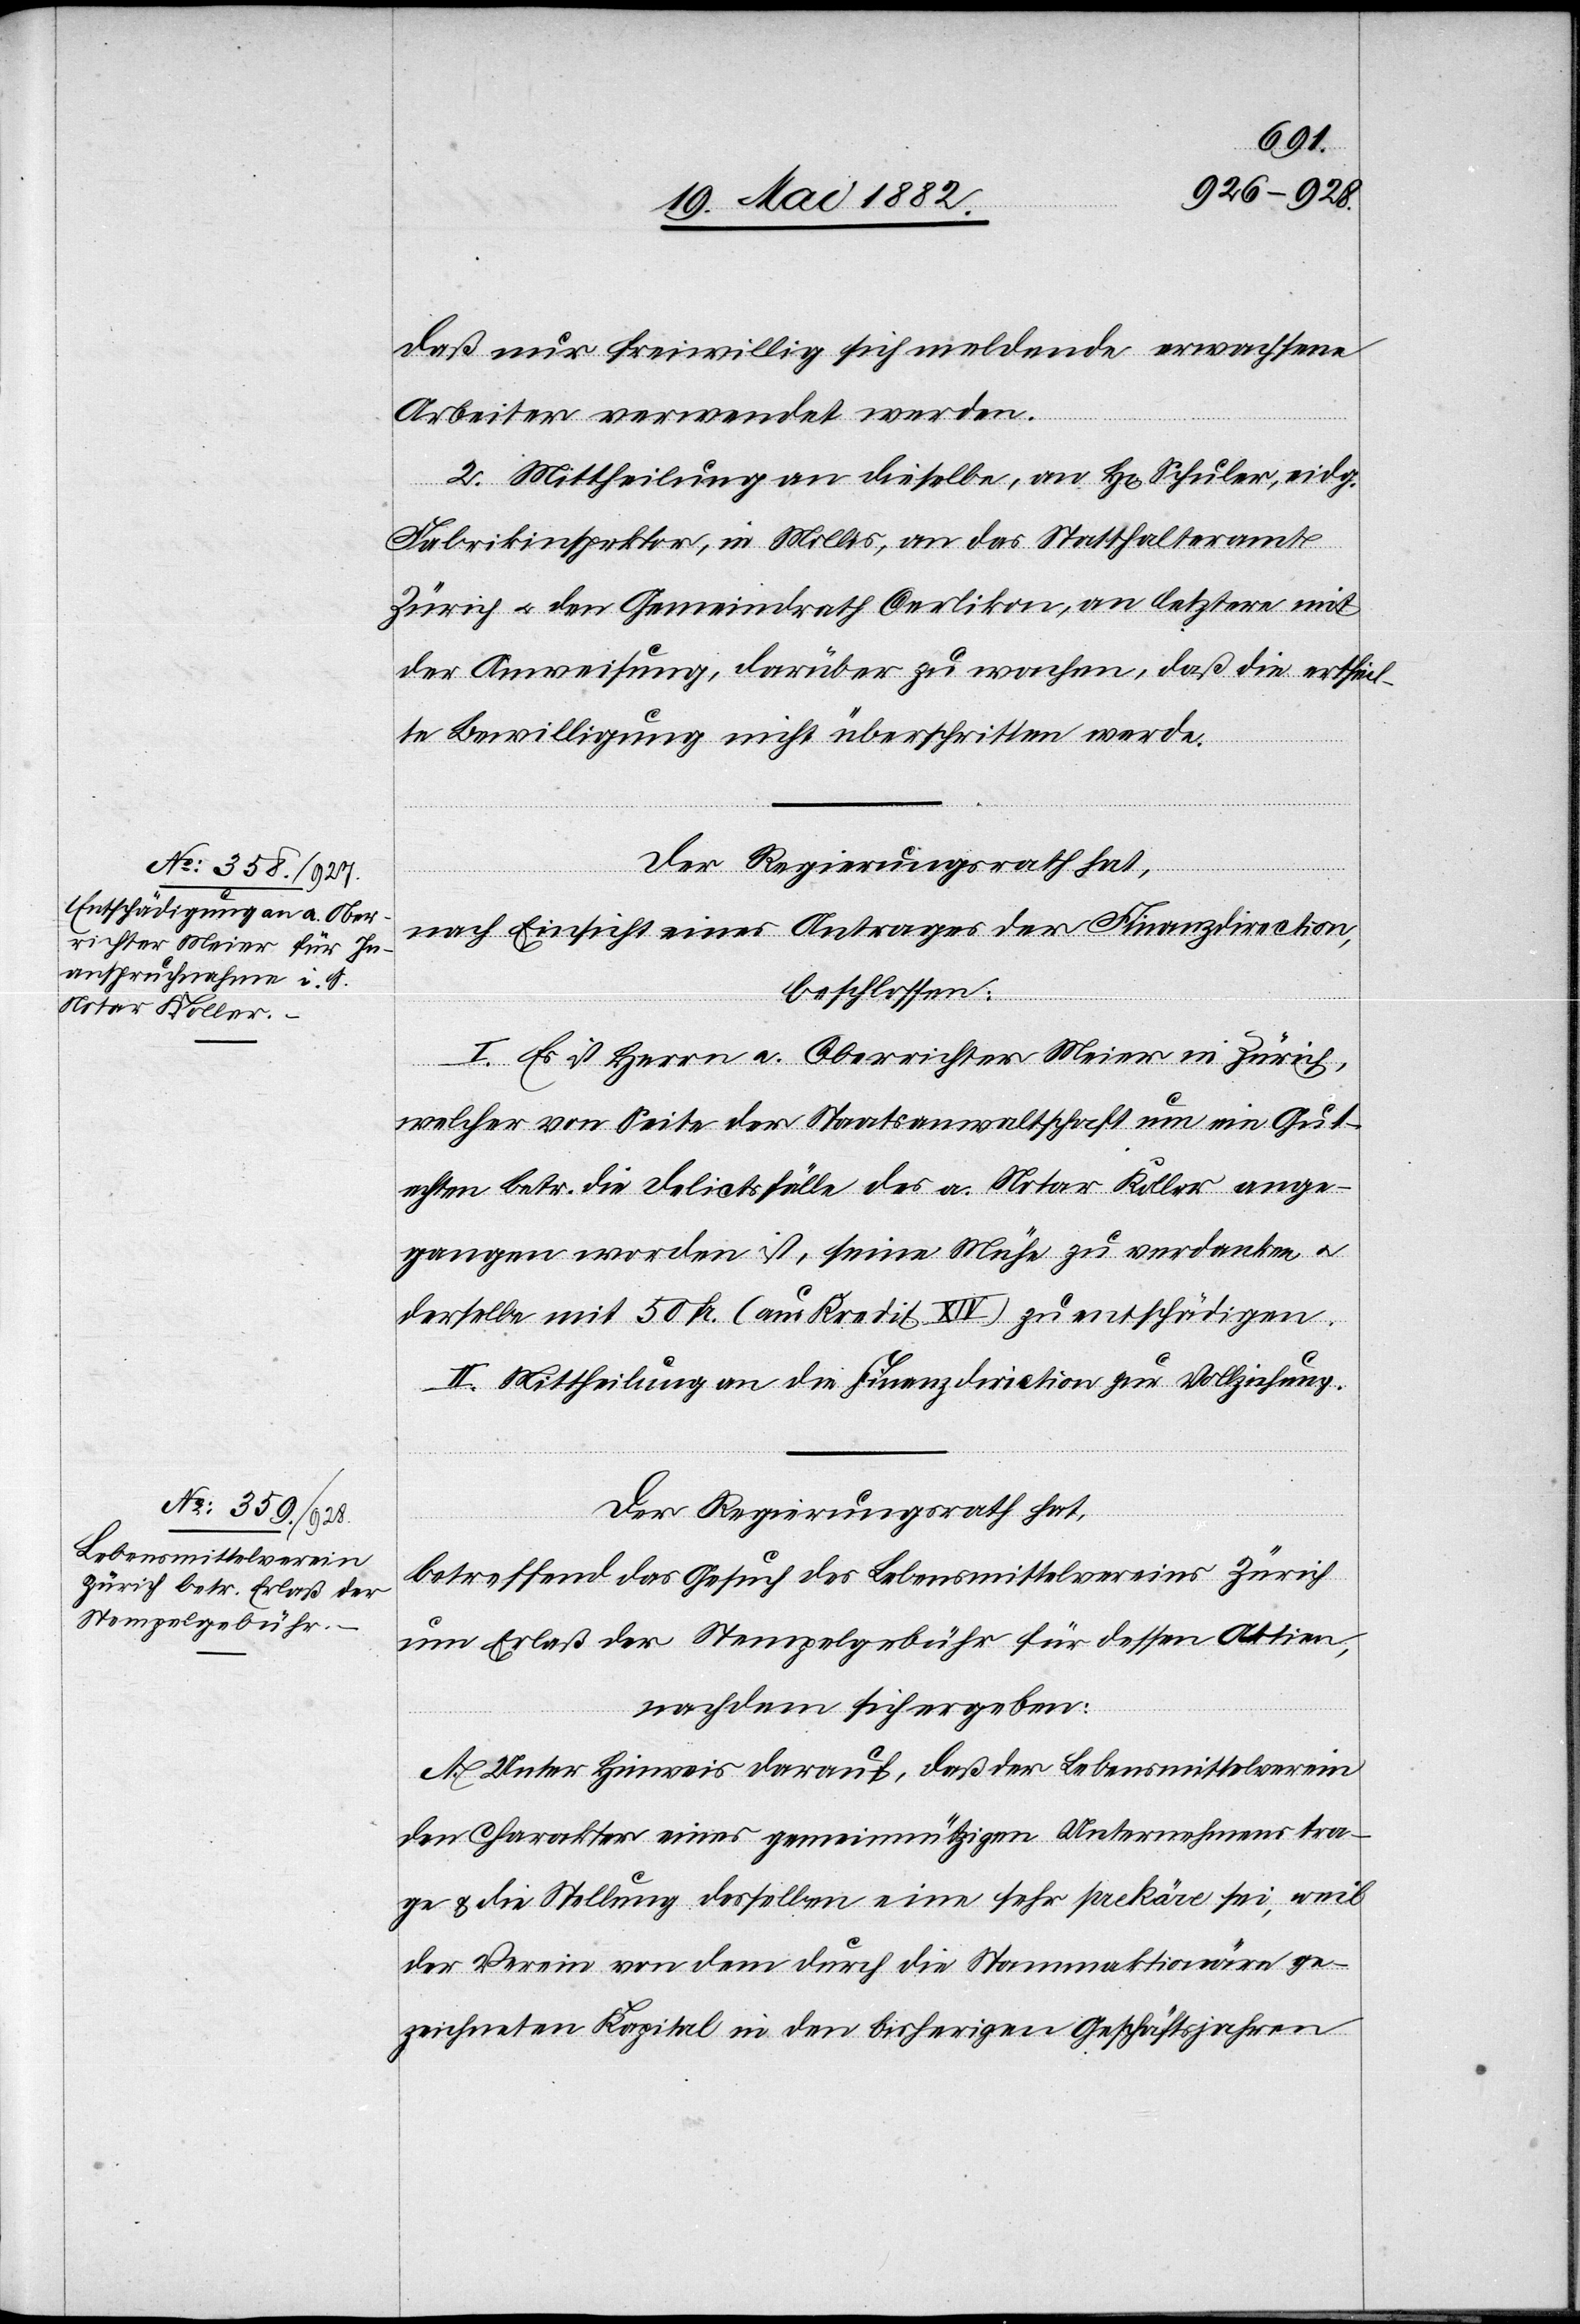
daß nur freiwillig sich meldende erwachsene
Arbeiter verwendet werden.
2. Mittheilung an dieselbe, an H[rn]. Schuler, eidg.
Fabrikinspektor, in Mollis, an das Statthalteramt
Zürich u. den Gemeindrath Oerlikon, an letztere mit
der Anweisung, darüber zu wachen, daß die ertheil¬
te Bewilligung nicht überschritten werde.
Der Regierungsrath hat,
nach Einsicht eines Antrages der Finanzdirection,
beschlossen:
I. Es ist Herrn a. Oberrichter Meier in Zürich,
welcher von Seite der Staatsanwaltschaft um ein Gut¬
achten betr. die Delicatsfälle des a. Notar Koller ange¬
gangen worden ist, seine Mühe zu verdanken u.
derselbe mit 50 Fr. (aus Kredit XIV) zu entschädigen.
II. Mittheilung an die Finanzdirection zur Vollziehung.
Der Regierungsrath hat,
betreffend das Gesuch des Lebensmittelvereins Zürich
um Erlaß der Stempelgebühr für dessen Aktien,
nachdem sich ergeben:
A. Unter Hinweis darauf, daß der Lebensmittelverein
den Charakter eines gemeinnützigen Unternehmens tra¬
ge & die Stellung desselben eine sehr prekäre sei, weil
der Verein von dem durch die Stammaktionäre ge¬
zeichneten Kapital in den bisherigen Geschäftsjahren